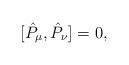
LaTeX: \begin{align*}\lbrack \hat{P}_{\mu },\hat{P}_{\nu }]=0,\end{align*}